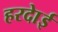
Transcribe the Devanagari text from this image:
हरदाेई